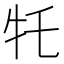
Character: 𪺩